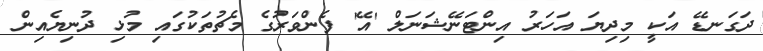
ދަގަނޑޭ އަކީ މިދިޔަ އަހަރު އިންޓަނޭޝަނަލް 'އޭ' ފެންވަރުގެ މެޗުތަކުގައި މުޅި ދުނިޔެއިން